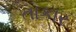
તાકાર